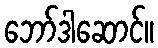
ဘော်ဒါဆောင်။